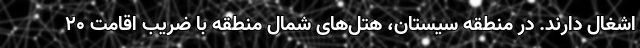
اشغال دارند. در منطقه سیستان، هتل‌های شمال منطقه با ضریب اقامت ۲۰